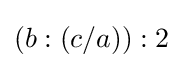
(b:(c/a)):2